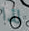
لذا